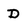
Character: D